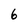
Character: 6